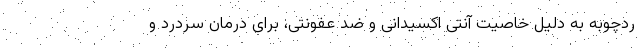
ردچوبه به دلیل خاصیت آنتی اکسیدانی و ضد عفونتی، برای درمان سردرد و